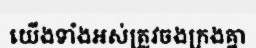
យើងទាំងអស់ត្រូវចងក្រងគ្នា